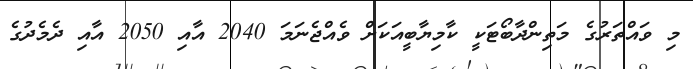
މި ވައްތަރުގެ މަތިންދާބޯޓަކީ ކާމިޔާބީއަކަށް ވެއްޖެނަމަ 2040 އާއި 2050 އާއި ދެމެދުގެ